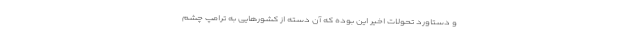
و دستاورد تحولات اخیر این بوده که آن دسته از کشورهایی به ترامپ چشم